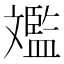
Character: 𣁥